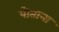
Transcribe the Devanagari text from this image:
पोताना